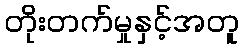
တိုးတက်မှုနှင့်အတူ